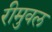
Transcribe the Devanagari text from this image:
रीमुवल